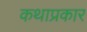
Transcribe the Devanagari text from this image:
कथाप्रकार